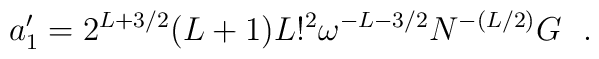
a'_1= 2^{L +3/2}(L+1)L!^2 \omega^{-L-3/2} N^{-(L/2)}  G ~~.